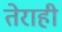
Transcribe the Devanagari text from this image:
तेराही